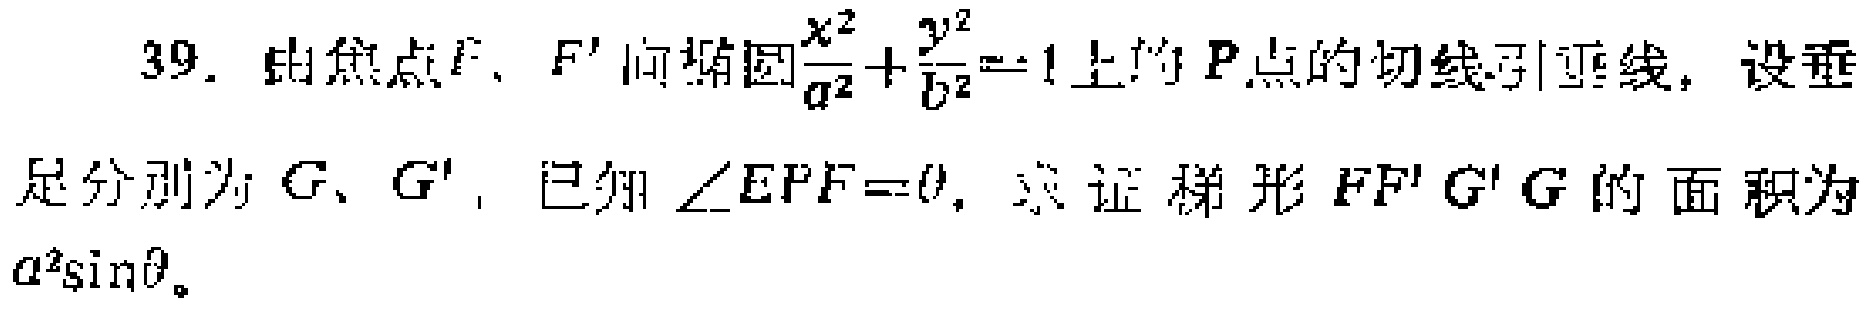
39. 由焦点\(F\)、\(F'\)向椭圆\(\frac{x^{2}}{a^{2}}+\frac{y^{2}}{b^{2}} = 1\)上的\(P\)点的切线引垂线，设垂足分别为\(G\)、\(G'\)，已知\(\angle FPF'=\theta\)，求证梯形\(FF'G'G\)的面积为\(a^{2}\sin\theta\)。